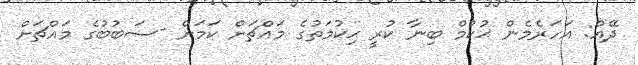
ދޭއް: އަހަރެމެން ޙުކުމް ބިނާ ކުރީ ޙިކުމަތުގެ މައްޗަށް ކަމަށް -ސަބުބުގެ މައްޗަށް